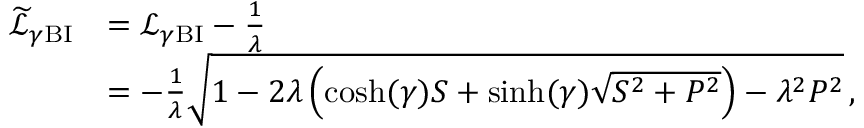
\begin{array} { r l } { \widetilde { \mathcal { L } } _ { \gamma \mathrm { B I } } } & { = \mathcal { L } _ { \gamma \mathrm { B I } } - \frac { 1 } { \lambda } } \\ & { = - \frac { 1 } { \lambda } \sqrt { 1 - 2 \lambda \left( \cosh ( \gamma ) S + \sinh ( \gamma ) \sqrt { S ^ { 2 } + P ^ { 2 } } \right) - \lambda ^ { 2 } P ^ { 2 } } \, , } \end{array}